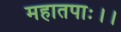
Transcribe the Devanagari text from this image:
महातपाः।।